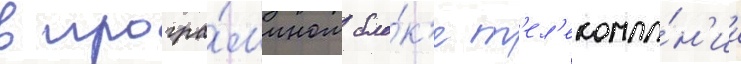
в програ́ммном бло́к'е т'ел'екомпа́н'ии